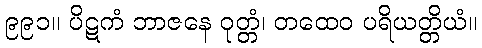
၉၉၁။ ပိဋကံ ဘာဇနေ ဝုတ္တံ၊ တထေဝ ပရိယတ္တိယံ။